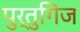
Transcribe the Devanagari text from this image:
पुर्तुगिज